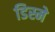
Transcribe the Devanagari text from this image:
डिस्मे